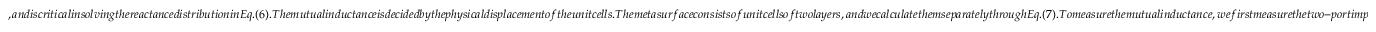
, a n d i s c r i t i c a l i n s o l v i n g t h e r e a c t a n c e d i s t r i b u t i o n i n E q . ( 6 ) . T h e m u t u a l i n d u c t a n c e i s d e c i d e d b y t h e p h y s i c a l d i s p l a c e m e n t o f t h e u n i t c e l l s . T h e m e t a s u r f a c e c o n s i s t s o f u n i t c e l l s o f t w o l a y e r s , a n d w e c a l c u l a t e t h e m s e p a r a t e l y t h r o u g h E q . ( 7 ) . T o m e a s u r e t h e m u t u a l i n d u c t a n c e , w e f i r s t m e a s u r e t h e t w o - p o r t i m p e d a n c e b e t w e e n t w o u n i t c e l l s , i . e . , t h e o p e n c i r c u i t v o l t a g e o n t h e s e c o n d u n i t c e l l d i v i d e d b y t h e c u r r e n t o f t h e f i r s t u n i t c e l l ,